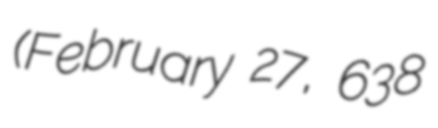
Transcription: (February 27, 638